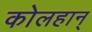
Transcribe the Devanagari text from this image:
कोलहान्